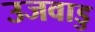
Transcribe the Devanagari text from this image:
उजवाडु